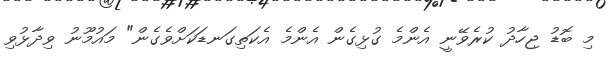
މި ބޮޑު ޖިހާދު ކުރެވޭނީ އެންމެ ގުޅިގެން އެންމެ އެކަތިގަނޑަކަށްވެގެން" މައުމޫނު ވިދާޅުވި